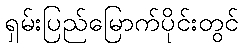
ရှမ်းပြည်မြောက်ပိုင်းတွင်